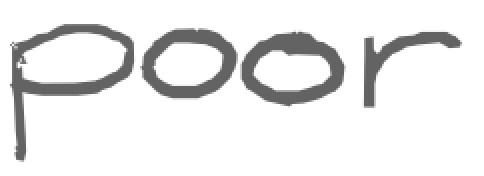
Text: poor
Cross-out: clean
Writing tool: digital_gray